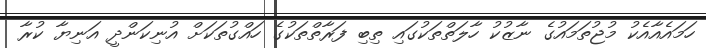
ހަމައެއާއެކު މުޖުތަމައުގެ ނާޒުކު ހާލަތްތަކުގައި ތިބި ފަރާތްތަކުގެ ހައްގުތަކަށް އުނިކަންދީ އަނިޔާ ކުރާ